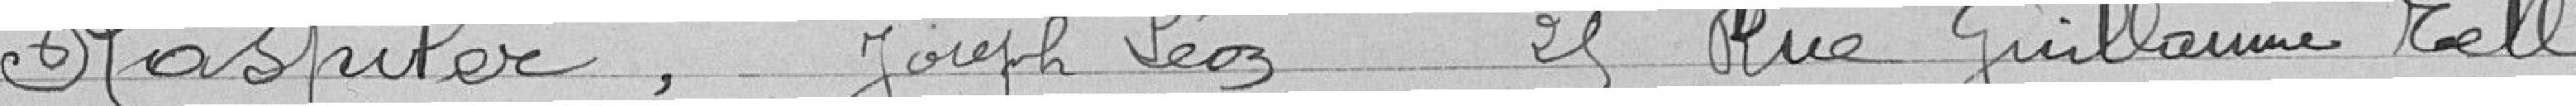
RASPILER, Joseph Léon, 29 rue Guillaume TELL